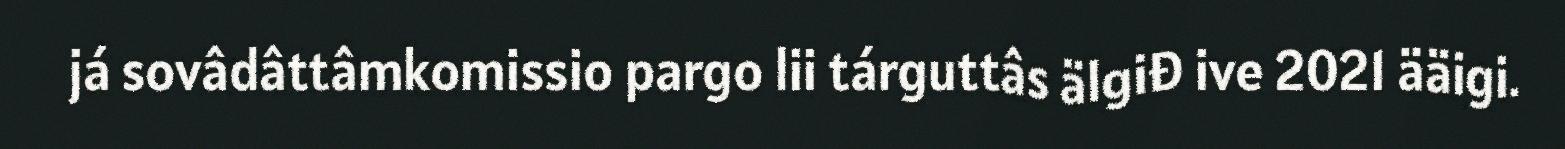
já sovâdâttâmkomissio pargo lii tárguttâs älgiđ ive 2021 ääigi.